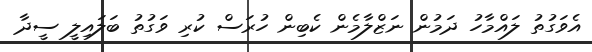
އެވަގުތު ލައްމާހު ދަމުން ނަޒްލާމެން ކެބިން ހުރަސް ކުރި ވަގުތު ބަލައިލީ ސީދާ